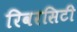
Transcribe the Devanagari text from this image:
रिवरसिटी